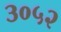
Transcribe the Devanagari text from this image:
३०५२